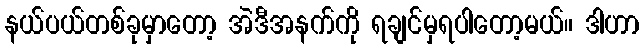
နယ်ပယ်တစ်ခုမှာတော့ အဲဒီအနက်ကို ရချင်မှရပါတော့မယ်။ ဒါဟာ